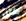
كان